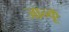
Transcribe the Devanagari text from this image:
जान्कू